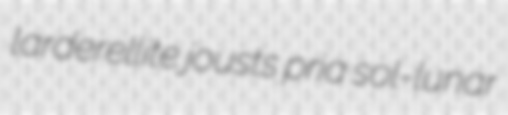
larderellite jousts pria sol-lunar